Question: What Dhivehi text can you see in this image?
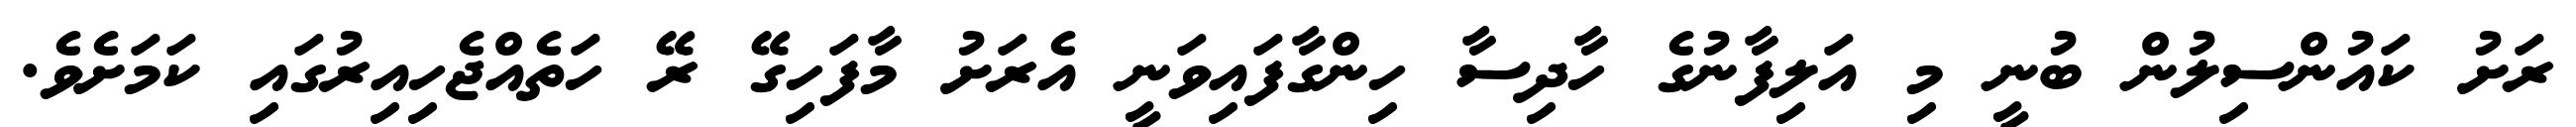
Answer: ރަށު ކައުންސިލުން ބުނީ މި އަލިފާނުގެ ހާދިސާ ހިންގާފައިވަނީ އެރަށު މާފަހިގޭ ރޭ ހަތެއްޖެހިއިރުގައި ކަމަށެވެ.